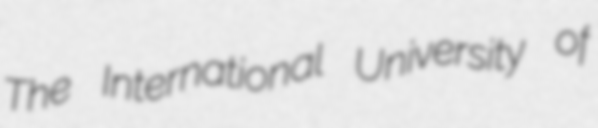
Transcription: The International University of